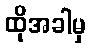
ထိုအခါမှ